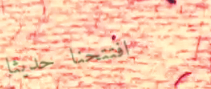
افتتحنا حديثاً